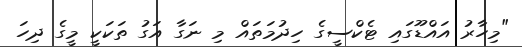
"މިހާރު އައްޑޫގައި ޓެކްސީގެ ހިދުމަތައް މި ނަގާ އަގު ތަކަކީ މީގެ ދިހަ